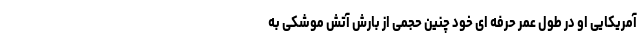
آمریکایی او در طول عمر حرفه ای خود چنین حجمی از بارش آتش موشکی به